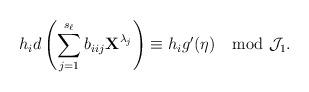
LaTeX: \begin{align*}h_id\left(\sum\limits_{j=1}^{s_\ell}b_{i_{}ij}{\textbf{X}}^{\lambda_j}\right)\equiv h_ig'(\eta)\mod\mathcal J_1.\end{align*}